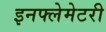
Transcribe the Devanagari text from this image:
इनफ्लेमेटरी